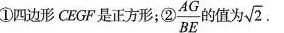
①四边形CBGF是正方形；②\frac{AG}{BE} 值为\sqrt{2}.